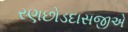
રણછોડદાસજીએ